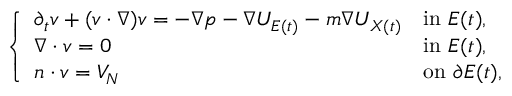
\begin{array} { r } { \left\{ \begin{array} { l l } { \partial _ { t } v + ( v \cdot \nabla ) v = - \nabla p - \nabla U _ { E ( t ) } - m \nabla U _ { X ( t ) } } & { \mathrm { i n ~ } E ( t ) , } \\ { \nabla \cdot v = 0 } & { \mathrm { i n ~ } E ( t ) , } \\ { n \cdot v = V _ { N } } & { \mathrm { o n ~ } \partial E ( t ) , } \end{array} \right. } \end{array}